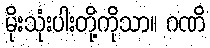
မိုးသုံးပါးတို့ကိုသာ။ ဂဏိ